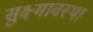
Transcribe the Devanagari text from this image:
सुक्ष्मावस्था